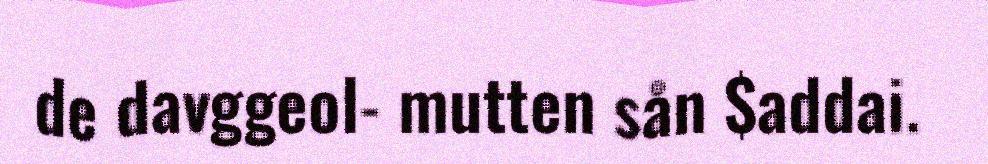
de davggeol- mutten sån $addai.